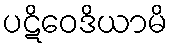
ပဋိဝေဒိယာမိ